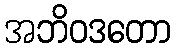
အဘိဝဒတော